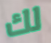
لك